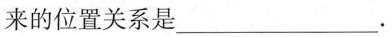
来的位置关系是 ___ 。